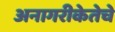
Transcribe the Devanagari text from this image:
अनागरीकेतेचे